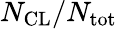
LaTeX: N_{\mathrm{CL}}/N_{\mathrm{tot}}